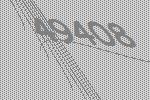
49408